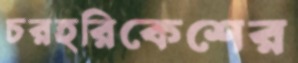
চরহরিকেশের